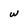
Character: w